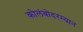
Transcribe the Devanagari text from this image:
कोलंबोदरम्यान